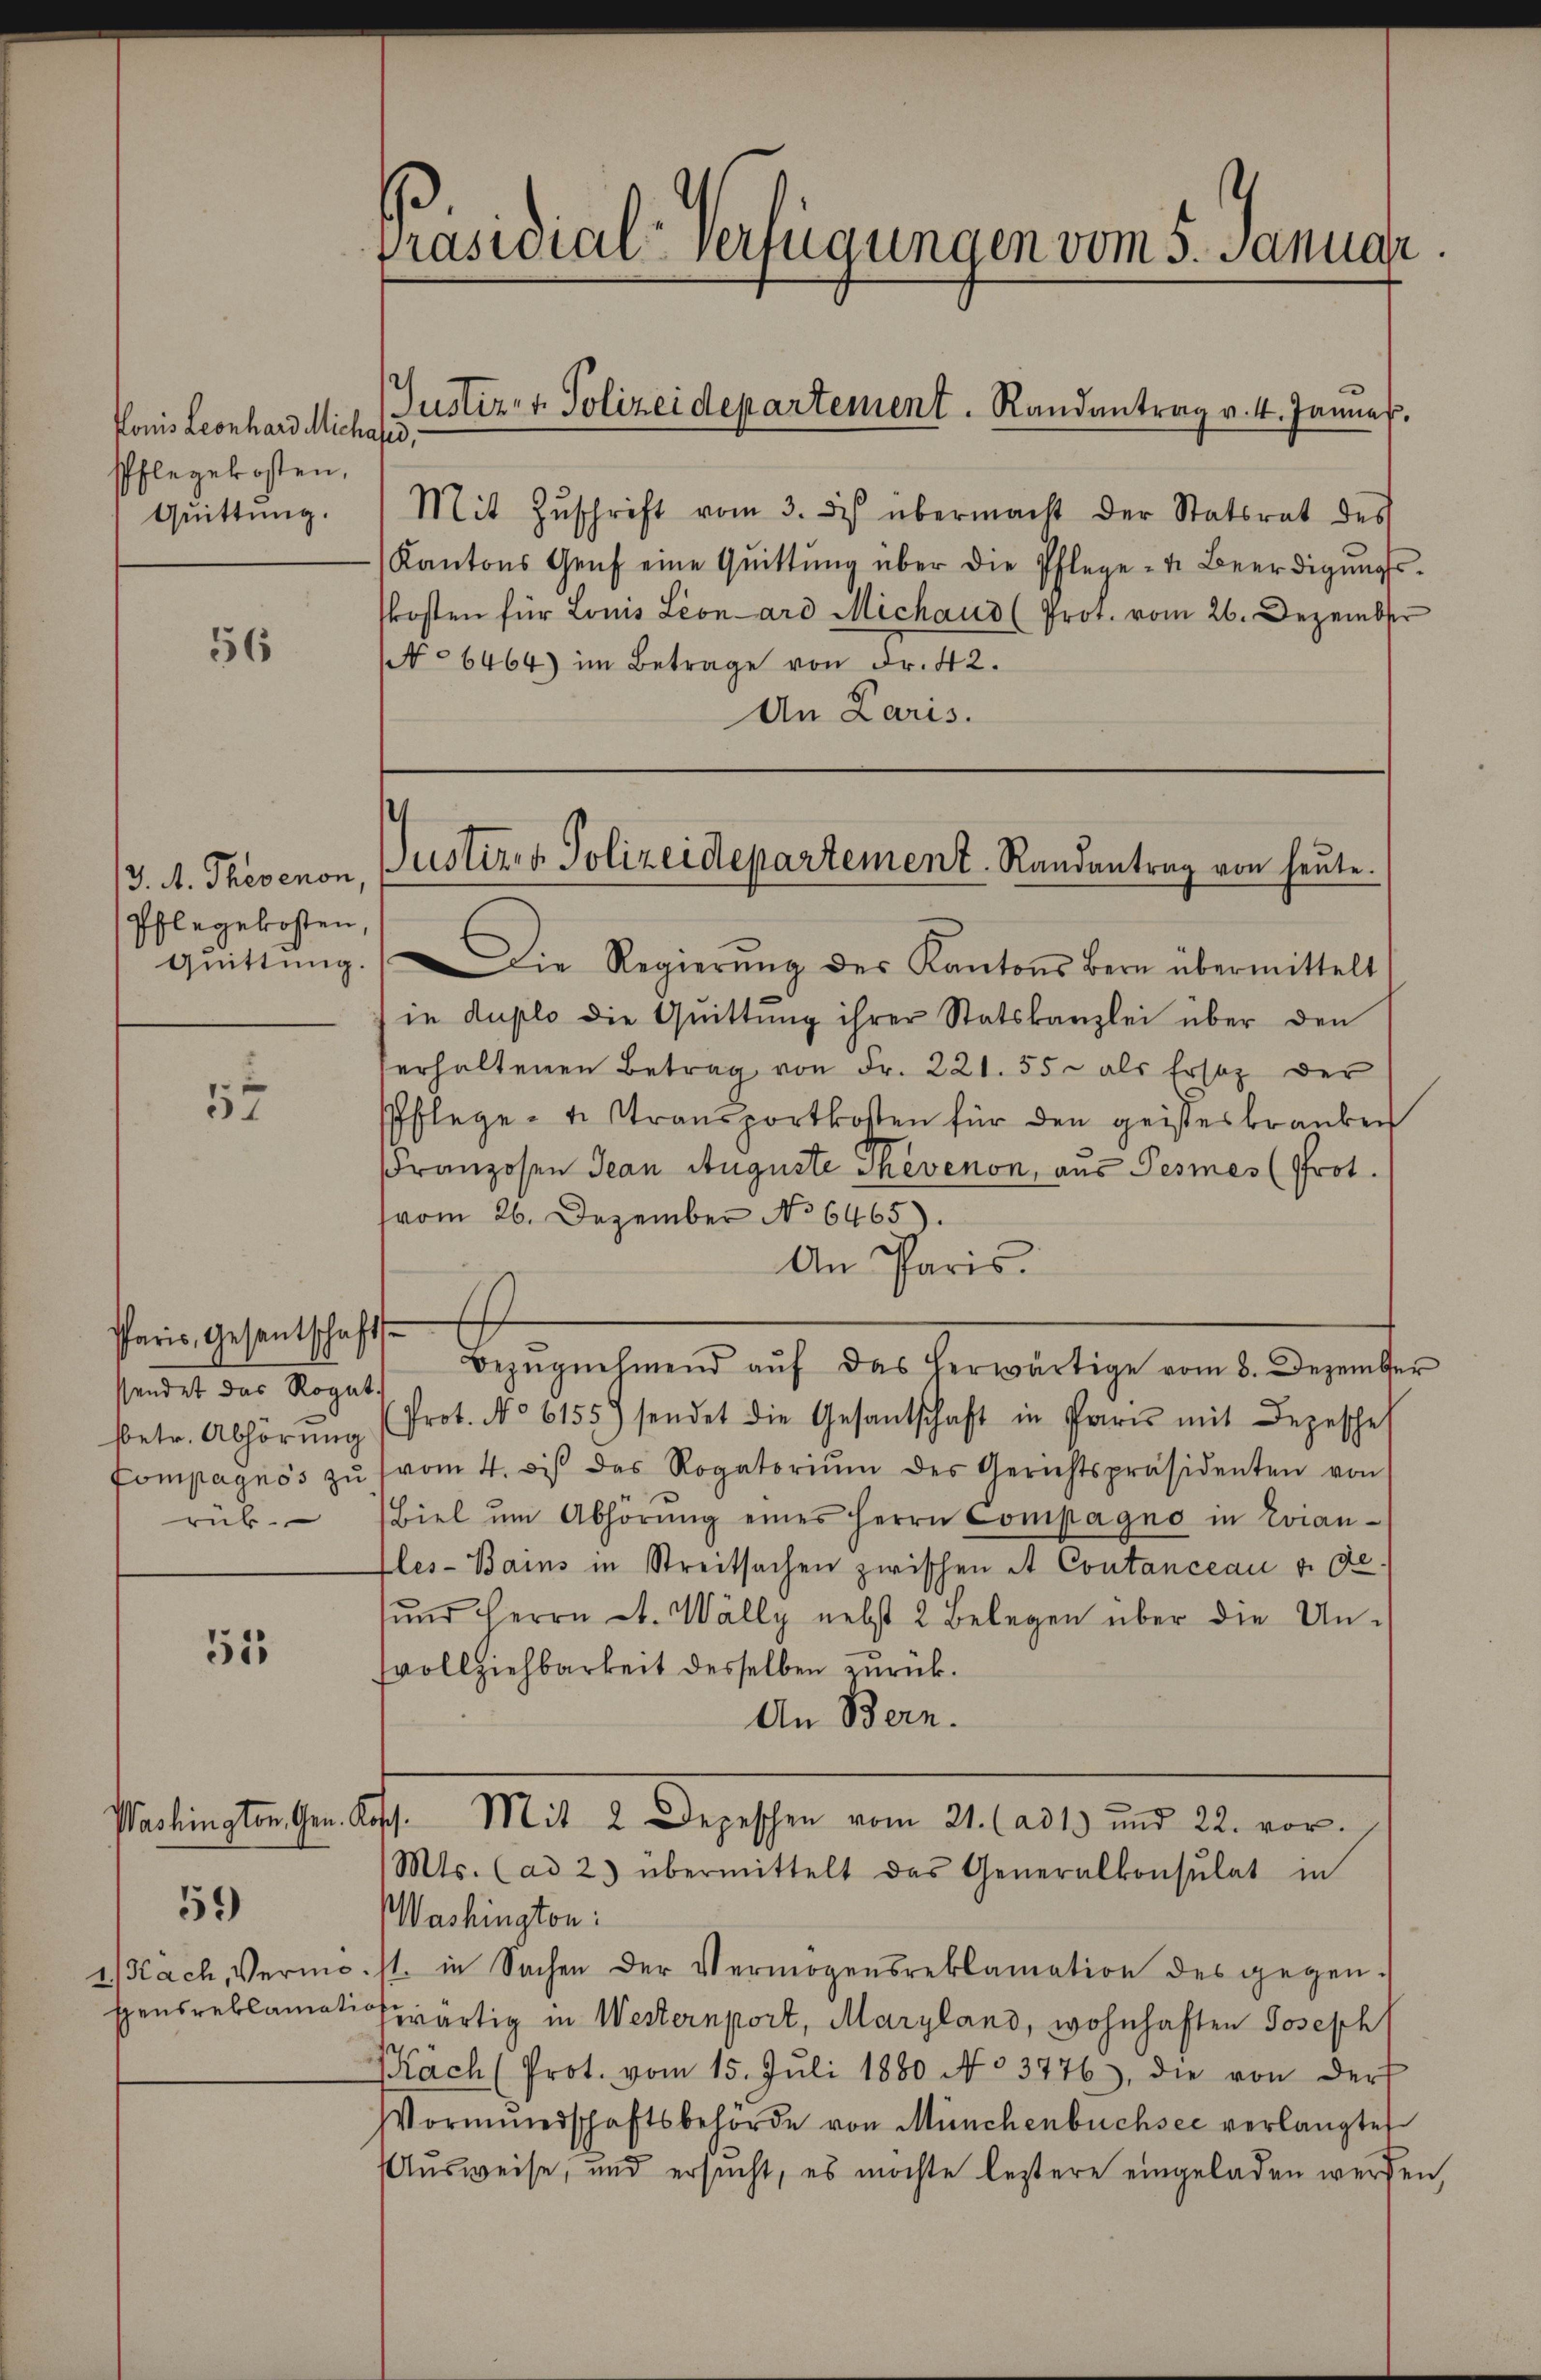
konis Leonhard Michass,
schlegekosten,
Quittung.

56

/3. A. Therenon
Pflegekosten,

57

Paris, Gesantschaft
sendet das Rogat
sbetr. Abhörung
rub.

51

59)

Präsidial-Verfügungen vom 5. Januar

Mit Zŭschrift vom 3. des übermacht der Statsrat des
Kantons Genf eine Qŭittŭng über die Pflege - u. Beerdigŭngs-
kosten für Louis Lionard Michaus (Prot. vom 26. Dezember
No 6464) im Betrage von Fr. 42.
An Paris.

Justiz- & Polizeidepartement. Randantrag v. 4. Januar.

qŭittŭng. Die Regierŭng des Kantons Bern übermittelt
in duplo die Qŭittŭng ihrer Statskanzlei über den
erhaltenen Betrag von Fr. 221. 55 - als Ersatz der
Pflege - u. Stransportkosten für den geisteskranken
Franzosen Jean Auguste Skevenon, aus Pesmes (Prot.
(vom 26. Dezember No 6465).
An Paris.
Bezŭgnehmend aŭf das herwärtige vom 8. Dezember
Prot. No 6155) sendet die Gesantschaft in Par mit Depesche
Compagnis zŭ (vom 4. dβ das Rogatoriŭm des Gerichtspräsidenten von
Biel ŭm Abhörŭng einer Herrn Compagno in Evian-
les-Bains in Streitsachen zwischen At Contanceau v. de
ŭnd Herrn A. Wälly nebst 2 Belegen über die Un-
svollziehbarkeit desselben zurück.
An Bern.
Washington Gen. Koss. Mit 2 Depeschen vom 21. (ad 1. und 22. vor.
Mts. (ad 2) übermittelt das Generalkonsulat in
Washington:
1/Kach, Vermo.st. in Sachen der Vermögensreklamation des gegenspensreklamationartig in Westernport, Maryland, wohnhaften Joseph
Kach (Prot. vom 15. Jŭli 1880 No 3776), die von der
Vormŭndschaftsbehörde von Münchenbüchsec verlangte
Ausweise, und ersucht, es möchte leztere eingeladen werden,

Justiz- & Polizeidepartement. Randantrag von heute.